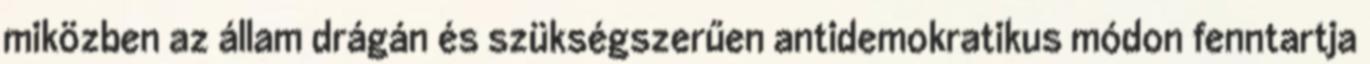
miközben az állam drágán és szükségszerűen antidemokratikus módon fenntartja